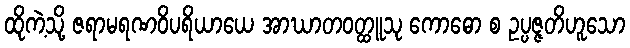
ထိုကဲ့သို့ ဇရာမရဏဝိပရိယာယေ အာဃာတဝတ္ထူသု ကောဓော စ ဥပ္ပဇ္ဇတိဟူသော